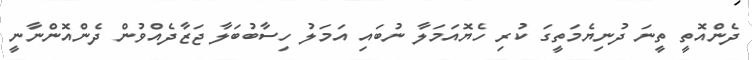
ދެންއޮތީ ތީނަ ދުނިޔެމަތީގަ ކުރި ހެޔޮއަމަލާ ނުބައި އަމަލު ހިސާބުބަލާ ޖަޒާދެއްވުން ދެންއޮންނާނީ